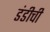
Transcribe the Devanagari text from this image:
डंडीची